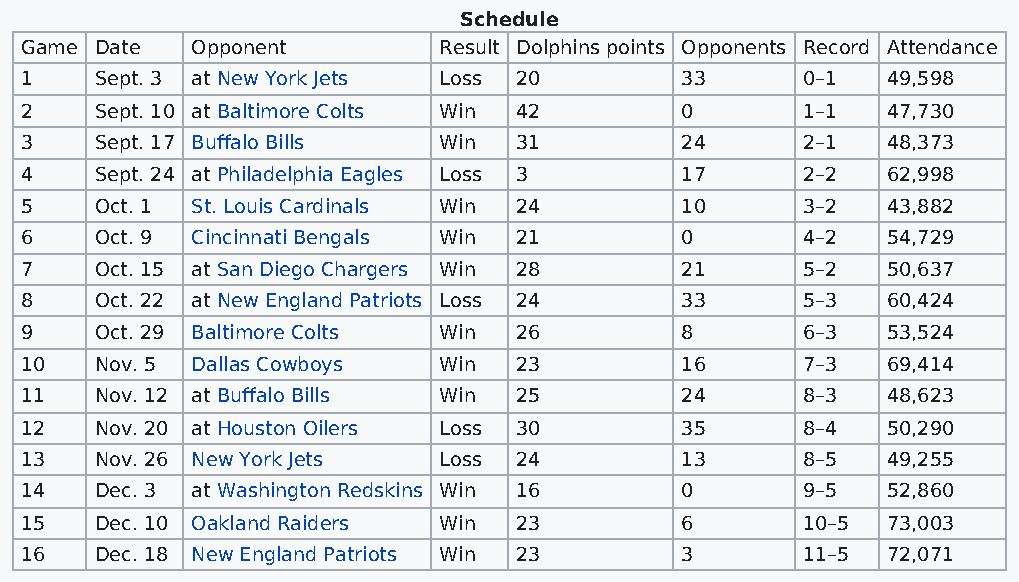
Schedule
 Game Date   Opponent        Result Dolphins points Opponents Record Attendance
 1    Sept. 3 at New York Jets Loss 20       33      0–1   49,598
 2    Sept. 10 at Baltimore Colts Win 42     0       1–1   47,730
 3    Sept. 17 Buffalo Bills Win  31         24      2–1   48,373
 4    Sept. 24 at Philadelphia Eagles Loss 3 17      2–2   62,998
 5    Oct. 1 St. Louis Cardinals Win 24      10      3–2   43,882
 6    Oct. 9 Cincinnati Bengals Win 21       0       4–2   54,729
 7    Oct. 15 at San Diego Chargers Win 28   21      5–2   50,637
 8    Oct. 22 at New England Patriots Loss 24 33     5–3   60,424
 9    Oct. 29 Baltimore Colts Win 26         8       6–3   53,524
 10   Nov. 5 Dallas Cowboys  Win  23         16      7–3   69,414
 11   Nov. 12 at Buffalo Bills Win 25        24      8–3   48,623
 12   Nov. 20 at Houston Oilers Loss 30      35      8–4   50,290
 13   Nov. 26 New York Jets  Loss 24         13      8–5   49,255
 14   Dec. 3 at Washington Redskins Win 16   0       9–5   52,860
 15   Dec. 10 Oakland Raiders Win 23         6       10–5  73,003
 16   Dec. 18 New England Patriots Win 23    3       11–5  72,071